Calcutta medical institutions reports 1892-1900
Year: 1892
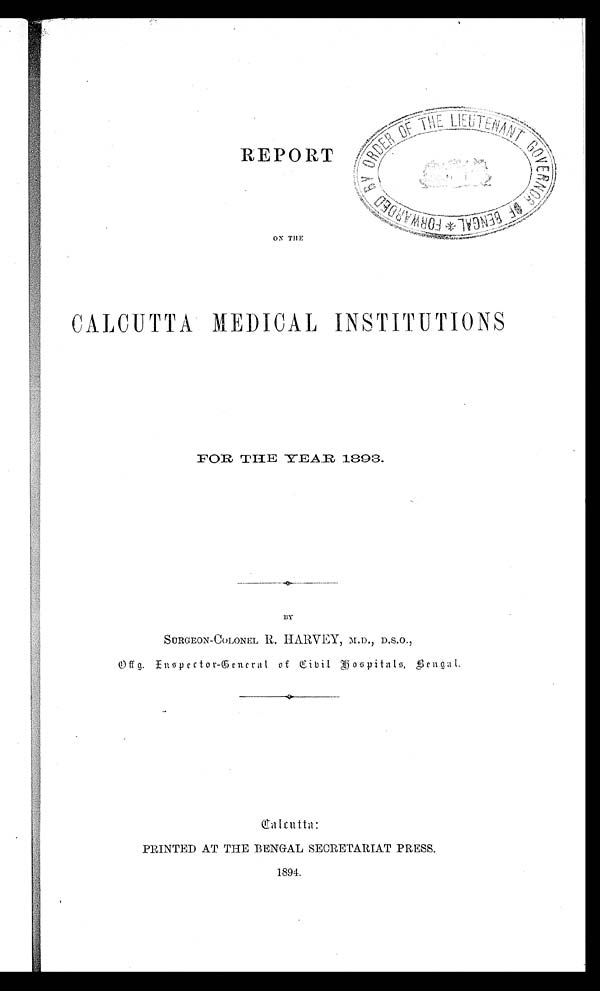
REPORT
ON THE
CALCUTTA MEDICAL INSTITUTIONS
FOR THE YEAR 1893.
BY
SURGEON-COLONEL R. HARVEY, M.D., D.S.O.,
Inspector-General of Civil Hospitals, Bengal.
Calcutta:
PRINTED AT THE BENGAL SECRETARIAT PRESS.
1894.